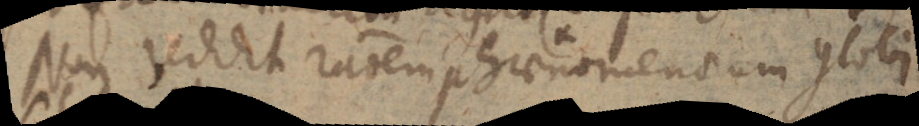
Non reddit rationem phaenomenorum globi